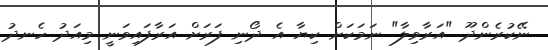
ނޭކުރެންދޫ "އަރާވިލާ" ނަމަކަށް ކިޔާ އެ ދޯނި ފަރަށް އަރާފައިވަނީ މިއަދު ހެނދު